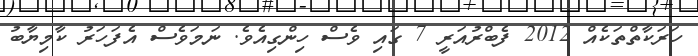
ހަރަކާތްތަކެއް 2012 ފެބްރުއަރީ 7 ގައި ވެސް ހިންގިއެވެ. ނަމަވެސް އެފަހަރު ކާމިޔާބު